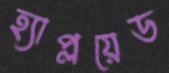
হ্যাপ্লয়েড